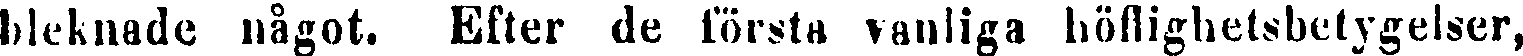
bleknade något. Efter de första vanliga höflighetsbetygelser,